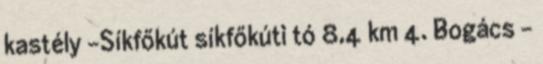
kastély -Síkfőkút síkfőkúti tó 8,4 km 4. Bogács –